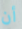
أن